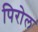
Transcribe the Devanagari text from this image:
पिरोल